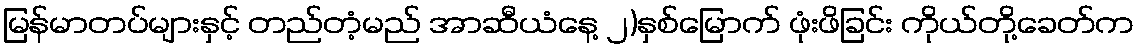
မြန်မာတပ်များနှင့် တည်တံ့မည် အာဆီယံနေ့ ၂)နှစ်မြောက် ဖုံးဖိခြင်း ကိုယ်တို့ခေတ်က